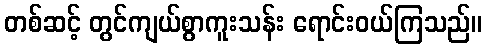
တစ်ဆင့် တွင်ကျယ်စွာကူးသန်း ရောင်းဝယ်ကြသည်။